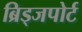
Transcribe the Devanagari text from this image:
ब्रिड्जपोर्ट